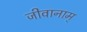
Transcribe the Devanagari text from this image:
जीवानाम्‌